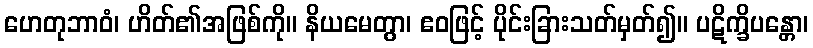
ဟေတုဘာဝံ၊ ဟိတ်၏အဖြစ်ကို။ နိယမေတွာ၊ ဧဝဖြင့် ပိုင်းခြားသတ်မှတ်၍။ ပဋိက္ခိပန္တော၊